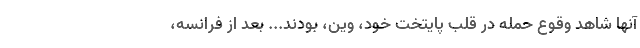
آنها شاهد وقوع حمله در قلب پایتخت خود، وین، بودند... بعد از فرانسه،